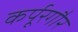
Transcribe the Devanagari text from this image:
कर्पूरगौर